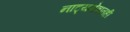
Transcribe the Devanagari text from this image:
नाट्यक्षेत्रातही